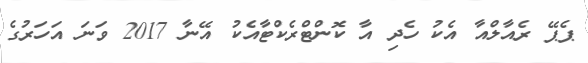
ޕެޕޭ ރެއާލްއާ އެކު ހެދި އާ ކޮންޓްރެކްޓާއެކު އޭނާ 2017 ވަނަ އަހަރުގެ